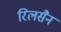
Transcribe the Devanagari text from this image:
रिलसैन